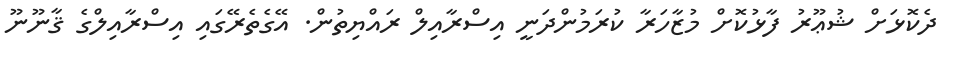
ދެކޮޅަށް ޝުޢޫރު ފާޅުުކޮށް މުޒާހަރާ ކުރަމުންދަނީ އިސްރާއިލް ރައްޔިތުން. އޭގެތެރޭގައި އިސްރާއިލްގެ ޤާނޫނޫ